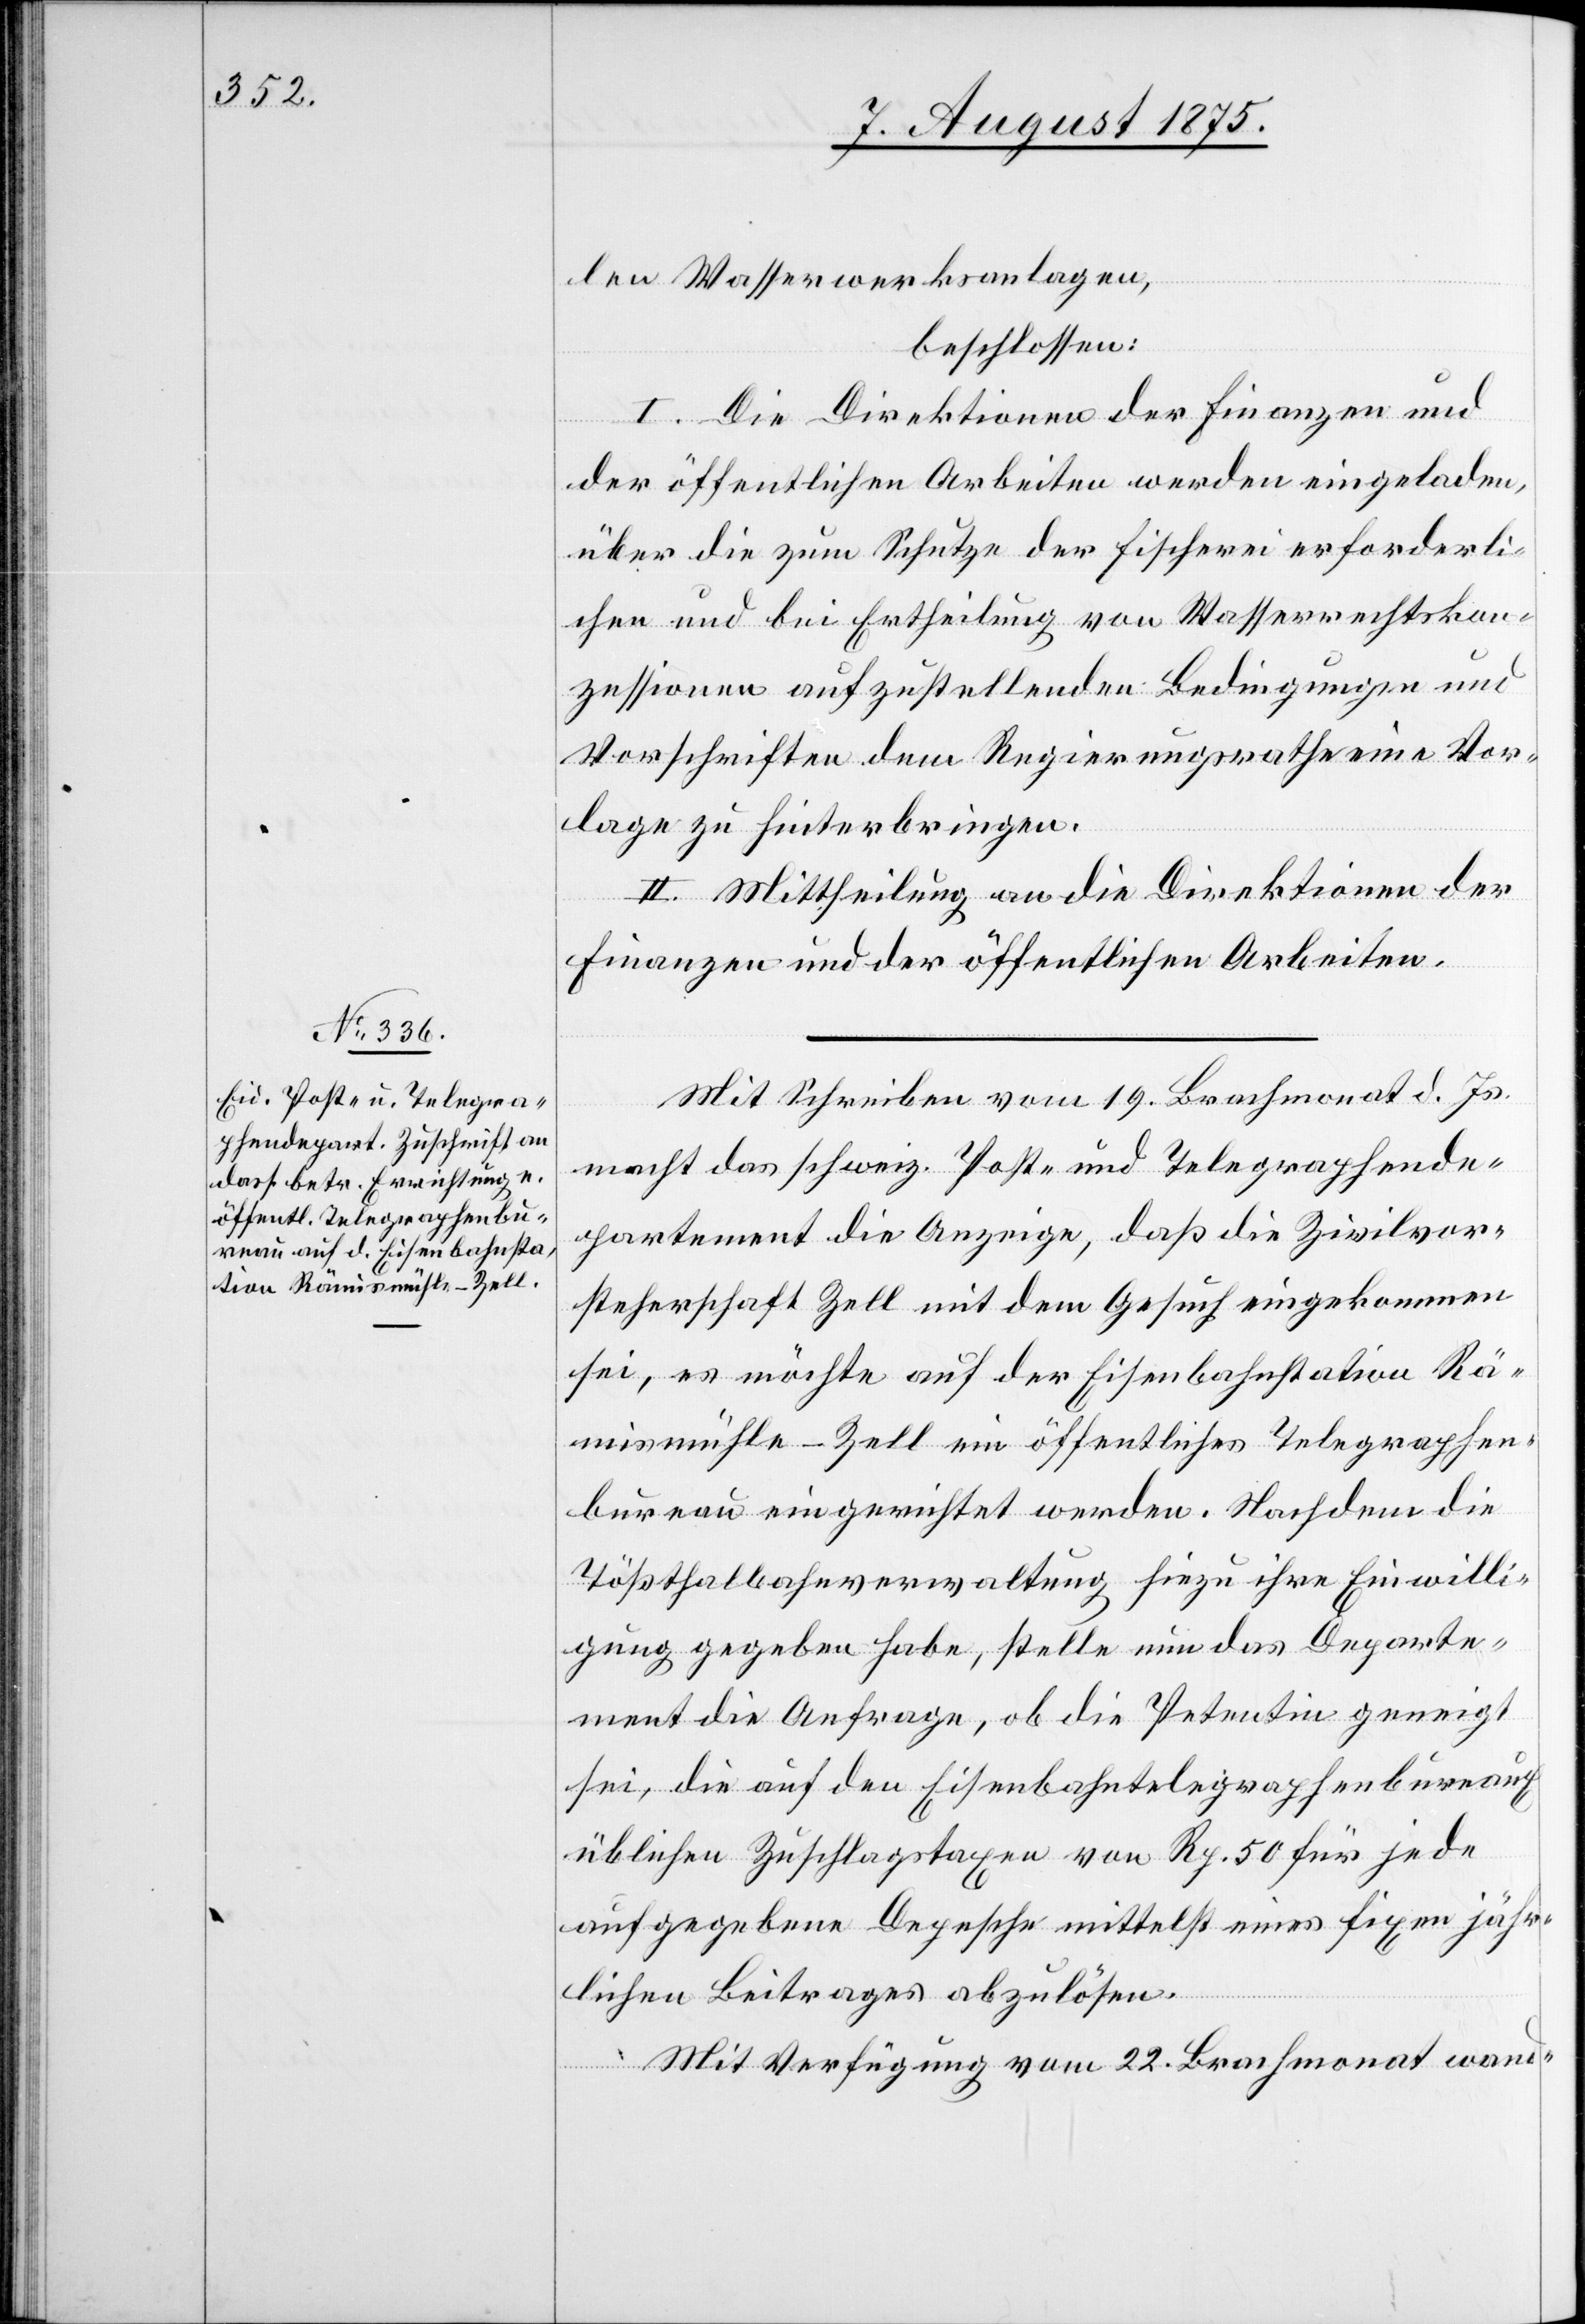
len Wasserwerksanlagen,
beschlossen:
I. Die Direktion der Finanzen und
der öffentlichen Arbeiten werden eingeladen,
über die zum Schutze der Fischerei erforderli¬
chen und bei Ertheilung von Wasserrechtskon¬
zessionen aufzustellenden Bedingung und
Vorschriften dem Regierungsrathe eine Vor¬
lage zu hinterbringen.
II. Mittheilung an die Direktionen der
Finanzen und der öffentlichen Arbeiten.
Mit Schrieben vom 19. Brachmonat d. Js.
macht das schweiz. Post- und Telegraphende¬
partement die Anzeige, daß die Zivilvor¬
steherschaft Zell mit dem Gesuch eingekommen
sei, es möchte auf der Eisenbahnstation Rä¬
mismühle-Zell ein öffentliches Telegraphen¬
bureau eingerichtet werden. Nachdem die
Tößthalbahnverwaltung hiezu ihre Einwilli¬
gung gegeben habe, stelle nun das Departe¬
ment die Anfrage, ob die Petentin geneigt
sei, die auf den Eisenbahntelegraphenbureaux
üblichen Zuschlagstaxen von Rp. 50 für jede
aufgegebene Depesche mittelst eines fixen jähr¬
lichen Beitrages abzulösen.
Mit Verfügung vom 22. Brachmonat wand-